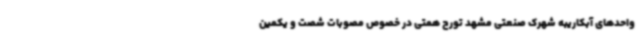
واحدهای آبکاریبه شهرک صنعتی مشهد تورج همتی در خصوص مصوبات شصت و یکمین